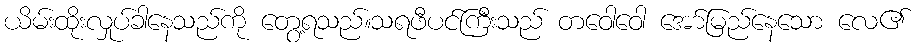
ယိမ်းထိုးလှုပ်ခါနေသည်ကို တွေ့ရသည်။သရဖီပင်ကြီးသည် တဝေါဝေါ အော်မြည်နေသော လေ၏